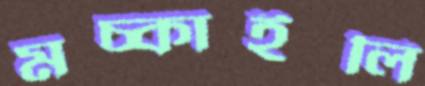
মচ্‌কাইলি